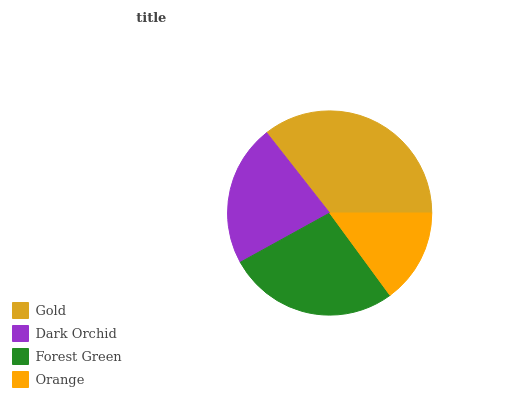
| Gold | Dark Orchid | Forest Green | Orange |
 | --- | --- | --- | --- |
 | 35.6% | 22.4% | 27% | 14.9% |